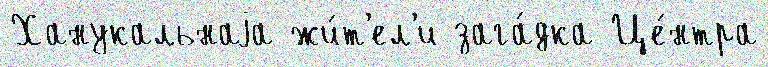
Ханукальнаjа жи́т'ел'и зага́дка Це́нтра